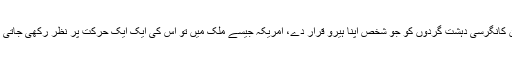
لیکن کانگرسی دہشت گردوں کو جو شخص اپنا ہیرو قرار دے، امریکہ جیسے ملک میں تو اس کی ایک ایک حرکت پر نظر رکھی جاتی ہے۔